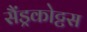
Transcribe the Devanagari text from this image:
सैंड्रकोट्टस